Document type: Fief grant
Year: 1411
Scribe: Arnau de Lledó
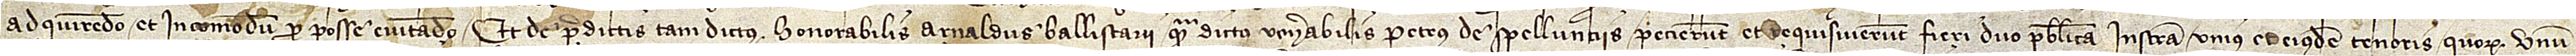
/ adquirendo et incomodum pro posse evitando. Et de predictis tam dictus honorabilis Arnaldus Ballistarii quam dictus venerabilis Petrus de Spellunciis petierunt et requisiverunt fieri duo publica instrumenta unius et eiusdem tenoris, quorum unum